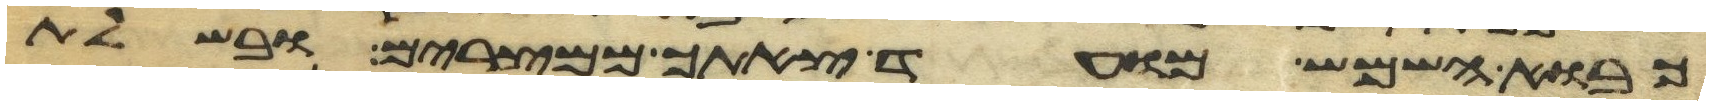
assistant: כבוא השמש מועד צאתך ממצרים ובשלת